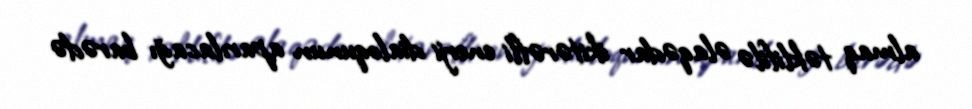
almaq təklifilə əlaqədar ikitərəfli enerji dialoqunun aparılacağı barədə